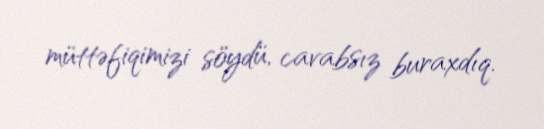
müttəfiqimizi söydü, cavabsız buraxdıq.